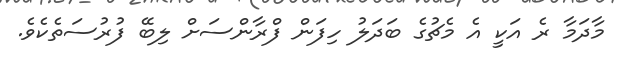
މާދަމާ ރެ އަކީ އެ މެޗުގެ ބަދަލު ހިފަން ފްރާންސަށް ލިބޭ ފުރުސަތެކެވެ.